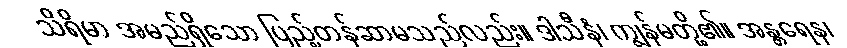
သိရိမာ အမည်ရှိသော ပြည့်တန်ဆာမသည်လည်း။ ဒါသီနံ၊ ကျွန်မတို့၏။ အန္တရေန၊